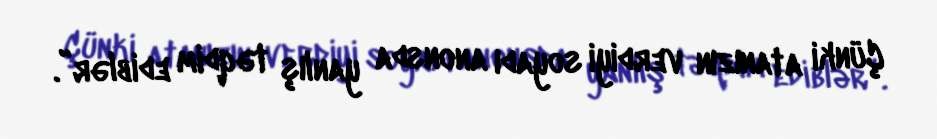
Çünki atanızın verdiyi soyadı anonsda yanlış təqdim ediblər”.